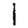
Digit: 1